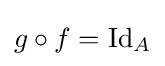
g\circ f=\operatorname {Id} _{A}